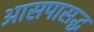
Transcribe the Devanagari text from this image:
आसपासद्ध